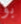
بو